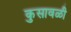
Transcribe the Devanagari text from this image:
कुसावळी